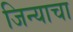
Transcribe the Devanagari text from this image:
जिन्याचा